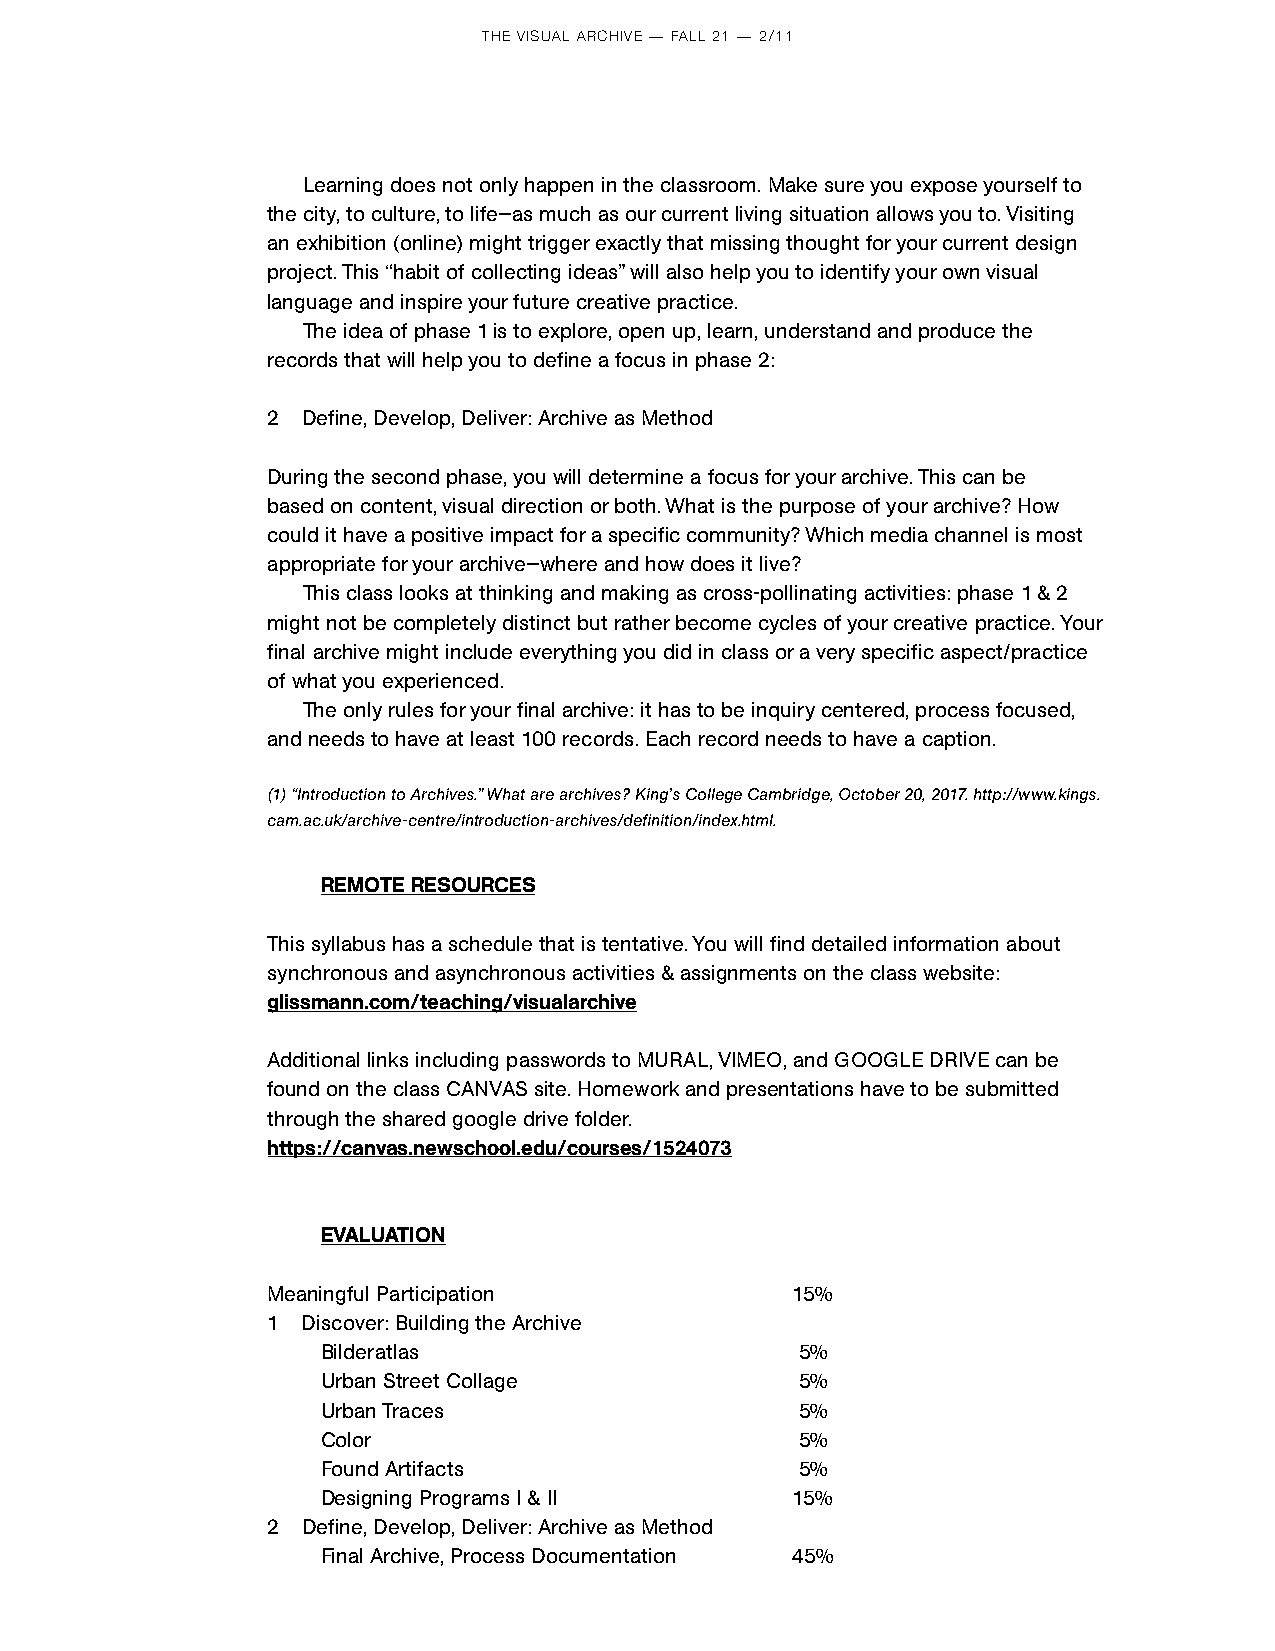
THE VISUAL ARCHIVE — FALL 21 — 2/11
 Learning does not only happen in the classroom. Make sure you expose yourself to
 the city, to culture, to life—as much as our current living situation allows you to. Visiting
 an exhibition (online) might trigger exactly that missing thought for your current design
 project. This “habit of collecting ideas” will also help you to identify your own visual
 language and inspire your future creative practice.
 The idea of phase 1 is to explore, open up, learn, understand and produce the
 records that will help you to define a focus in phase 2:
 2 Define, Develop, Deliver: Archive as Method
 During the second phase, you will determine a focus for your archive. This can be
 based on content, visual direction or both. What is the purpose of your archive? How
 could it have a positive impact for a specific community? Which media channel is most
 appropriate for your archive—where and how does it live?
 This class looks at thinking and making as cross-pollinating activities: phase 1 & 2
 might not be completely distinct but rather become cycles of your creative practice. Your
 final archive might include everything you did in class or a very specific aspect/practice
 of what you experienced.
 The only rules for your final archive: it has to be inquiry centered, process focused,
 and needs to have at least 100 records. Each record needs to have a caption.
 (1) “Introduction to Archives.” What are archives? King’s College Cambridge, October 20, 2017. http://www.kings.
 cam.ac.uk/archive-centre/introduction-archives/definition/index.html.
 REMOTE RESOURCES
 This syllabus has a schedule that is tentative. You will find detailed information about
 synchronous and asynchronous activities & assignments on the class website:
 glissmann.com/teaching/visualarchive
 Additional links including passwords to MURAL, VIMEO, and GOOGLE DRIVE can be
 found on the class CANVAS site. Homework and presentations have to be submitted
 through the shared google drive folder.
 https://canvas.newschool.edu/courses/1524073
 EVALUATION
 Meaningful Participation          15%
 1 Discover: Building the Archive
 Bilderatlas                     5%
 Urban Street Collage            5%
 Urban Traces                    5%
 Color                           5%
 Found Artifacts                 5%
 Designing Programs I & II      15%
 2 Define, Develop, Deliver: Archive as Method
 Final Archive, Process Documentation 45%